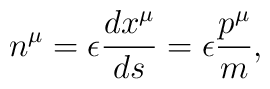
n^\mu =\epsilon \frac{dx^\mu }{ds}=\epsilon \frac{p^\mu }m,